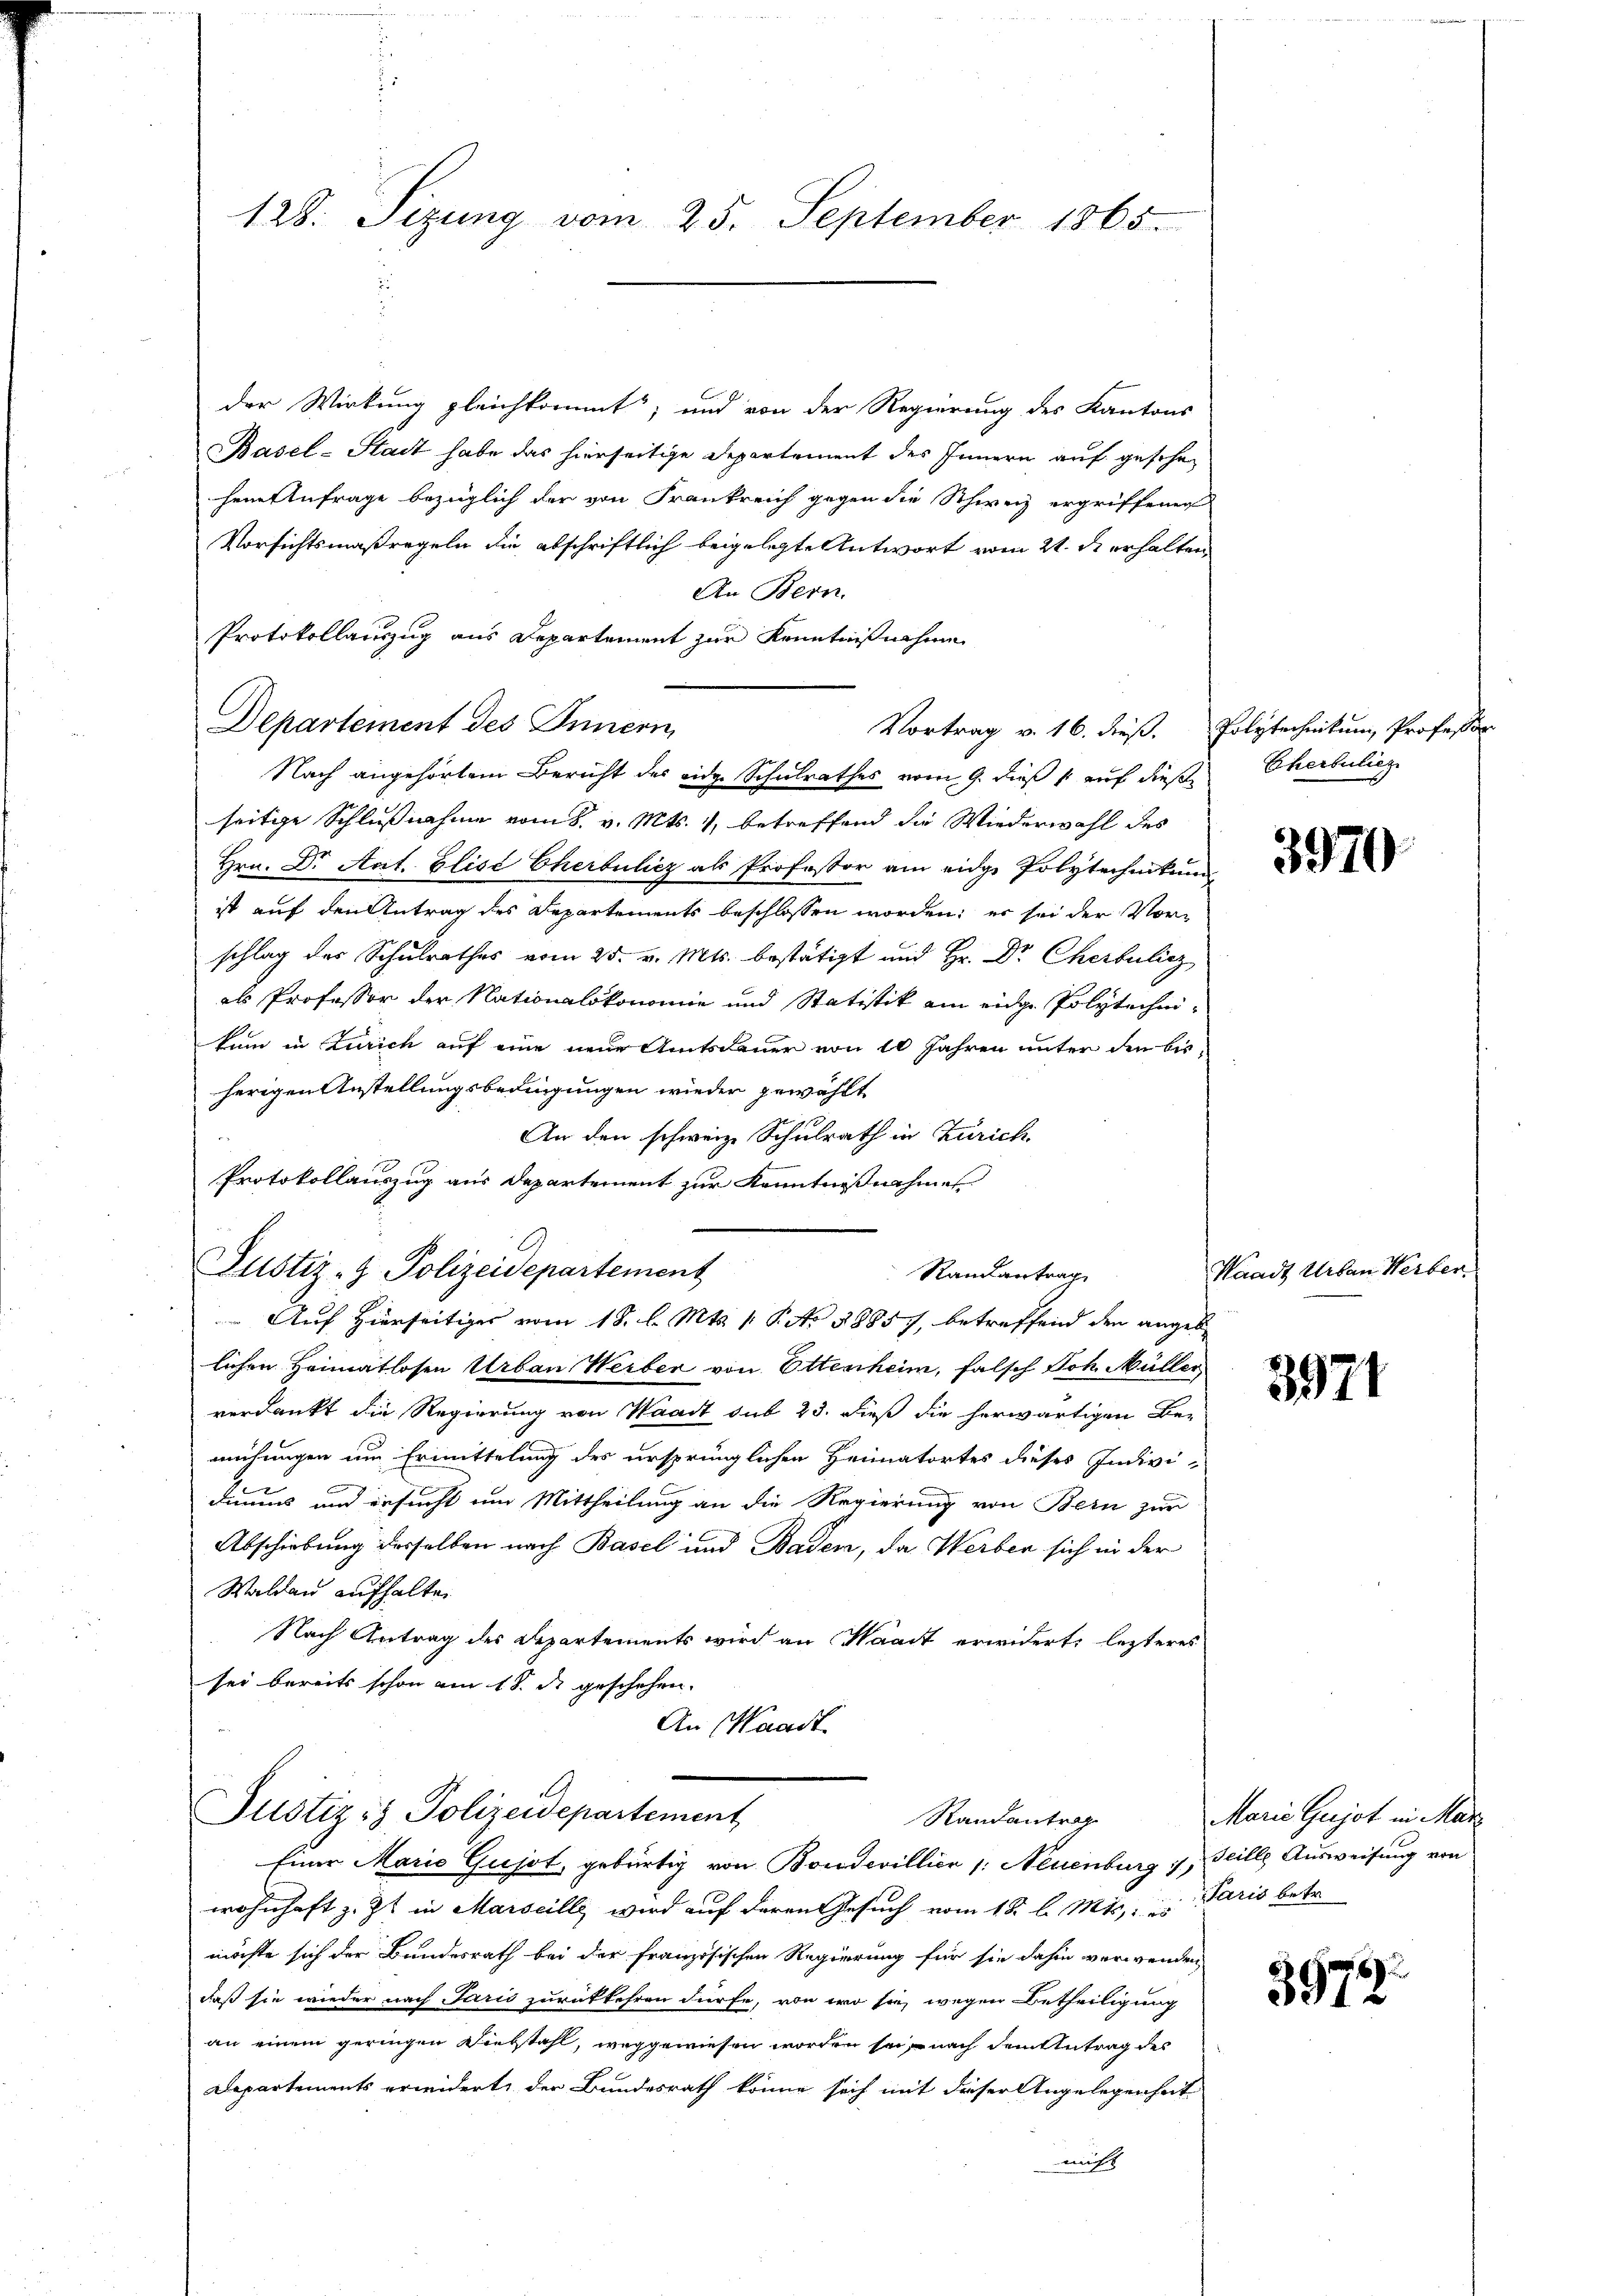
128. Sizung vom 25. September 1865.

der Wirkung gleichkommt; und von der Regierung des Kantons
Basel-Stadt habe das hierseitige Departement des Innern auf geschen
hem Anfrage bezüglich der von Frankreich gegen die Schweiz ergriffener
Vorsichtsmaßregeln die abschriftlich beigelegte Antwort vom 21. d erhalten
An Bern.
Protokollauszug aus Departement zur Kenntnißnahmen
Departement des Innern
Nach angehörtem Bericht des eidge Schulrathes vom 9. dieß auf diese
seitige Schlussnahme vom 8. v. Mts. 1, betreffend die Wiederwahl des
Hrn. Dr Aat. Elise Cherbuliez als Professor am eidge Polytechnikum
ist auf den Antrag des Departements beschlossen worden; er sei der Vorschlag des Schulrathes vom 25. v. Mts. bestätigt und Hr. Dr Cherbulicz
als Professor der Nationalökonomie und Statistik ain eidge Polytechnikum in Zürich auf eine neue Amtsdauer von 10 Jahren unter den bis
herigen Anstellungsbedingungen wieder gewählt
An den schweiz. Schulrath in Zürich.
Protokollauszug aus Departement zur Kenntnißnahmes
Justiz- & Polizeidepartement
Randantrag
 Auf Hierseitiges vom 18. l. Mts. 1. P. No 1885, betreffend den angeb
lichen Heimatlosen Urban Weiben von Ottenheim, falsch Joh. Müller
verdankt die Regierung von Waadt sub 23. dieß die herwärtigen Be-
mühungen um Ermittelung des ursprünglichen Heimatortes dieses Indivi-
dimus und ersucht um Mittheilung an die Regierung von Bern zur
Abschiebung desselben nach Basel und Baden, da Werben sich in der
Waldau aufhalten
Nach Antrag des Departements wird an Waadt erwidert, lezteres
sei bereits schon am 18. d. geschehen.
An Waadt

Vortrag v. 16. dieß. Polytechnikum Professor

Justiz & Polizeidepartement
Randantrag
Einer Marie Gusst, gebürtig von Boudevillier /: Neuenburg i. Seille Ausweisung von

wohnhaft z. Zt. in Marseille wird auf deren Gesuch vom 18. l. Mts.    "  Paris betr.
möchte sich der Bundesrath bei der französischen Regierung für sie dahin verwenden
daß sie wieder nach Paris zurückkehren dürfe, von wo sie wegen Betheiligung
an einem geringen Wiebstahl, weggewiesen worden sei, nach dem Antrag des
Departements erwidert, der Bundesrath könne sich mit dieser Angelegenheit
nicht

Cherbulieg

3970

Waadt Urban Werber

3971

Marie Gujot in März

3972